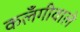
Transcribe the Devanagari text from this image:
कलँगीवाले